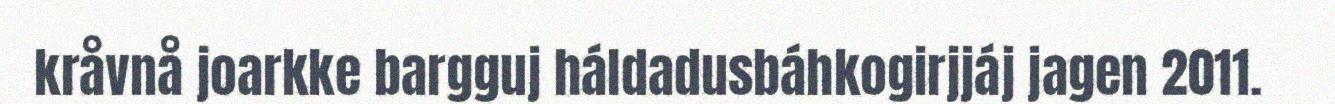
kråvnå joarkke bargguj háldadusbáhkogirjjáj jagen 2011.